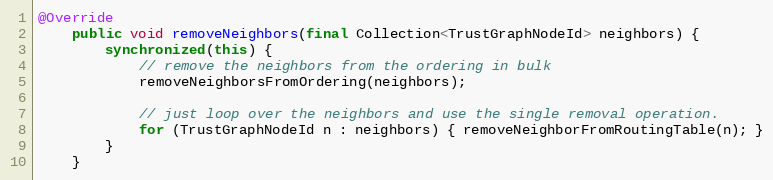
Language: Java
@Override
    public void removeNeighbors(final Collection<TrustGraphNodeId> neighbors) {
        synchronized(this) {
            // remove the neighbors from the ordering in bulk
            removeNeighborsFromOrdering(neighbors);

            // just loop over the neighbors and use the single removal operation.
            for (TrustGraphNodeId n : neighbors) { removeNeighborFromRoutingTable(n); }
        }
    }